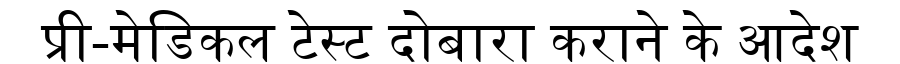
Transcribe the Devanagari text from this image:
प्री-मेडिकल टेस्ट दोबारा कराने के आदेश